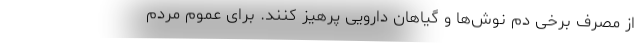
از مصرف برخی دم نوش‌ها و گیاهان دارویی پرهیز کنند. برای عموم مردم